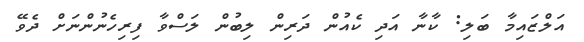
އަލްޒައިމާ ބަލި: ކާނާ އަދި ކެއުން ދަރިން ލިބުން ލަސްވާ ފިރިހެނުންނަށް ދެވޭ